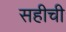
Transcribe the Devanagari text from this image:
सहीची